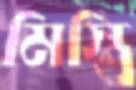
মিস্ত্রি